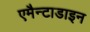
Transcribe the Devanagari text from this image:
एमैन्टाडाइन